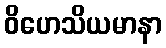
ဝိဟေသိယမာနာ